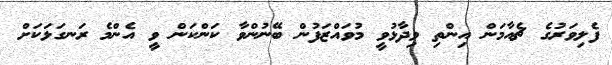
ފެލިވަރުގެ ޗެއާމަން އިންތި ވިދާޅުވީ މުވައްޒަފުން ބޭނުންވާ ކަންކަން ވީ އެންމެ ރަނގަޅަކަށް